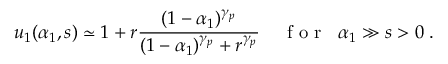
u _ { 1 } ( \alpha _ { 1 } , s ) \simeq 1 + r \frac { ( 1 - \alpha _ { 1 } ) ^ { \gamma _ { p } } } { ( 1 - \alpha _ { 1 } ) ^ { \gamma _ { p } } + r ^ { \gamma _ { p } } } \; \; \; \; { \mathrm { ~ f ~ o ~ r ~ } } \; \; \alpha _ { 1 } \gg s > 0 \; .